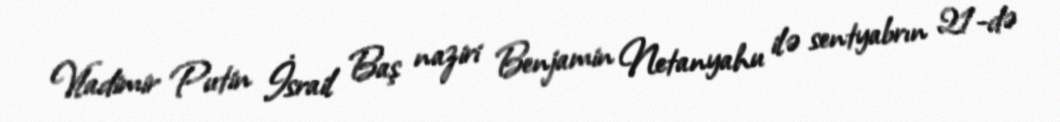
Vladimir Putin İsrail Baş naziri Benjamin Netanyahu ilə sentyabrın 21-də